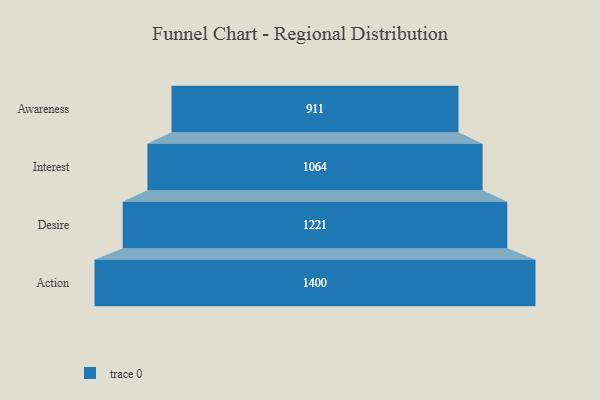
{"axis": {"x": "Stage", "y": "Value"}, "legend": [""], "data": [{"x": "Awareness", "y": 911.0, "type": ""}, {"x": "Interest", "y": 1064.0, "type": ""}, {"x": "Desire", "y": 1221.0, "type": ""}, {"x": "Action", "y": 1400.0, "type": ""}]}